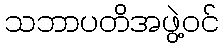
သဘာပတိအဖွဲ့ဝင်